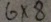
6 \times 8